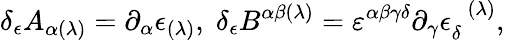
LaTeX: \delta_{\epsilon}A_{\alpha(\lambda)}=\partial_{\alpha}\epsilon_{(\lambda)},\; \delta_{\epsilon}B^{\alpha\beta(\lambda)}=\varepsilon^{\alpha\beta\gamma\delta}\partial_{\gamma}\epsilon_{\delta}^{\; \; (\lambda)},